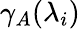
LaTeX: \gamma_{A}(\lambda_{i})